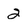
Character: 2